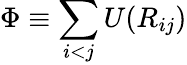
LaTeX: \Phi\equiv\sum_{i<j}U(R_{ij})